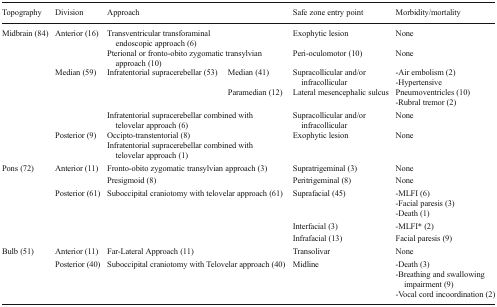
<table><thead><tr><td><b>Topography</b></td><td><b>Division</b></td><td colspan="2"><b>Approach</b></td><td><b>Safe zone entry point</b></td><td><b>Morbidity/mortality</b></td></tr></thead><tbody><tr><td rowspan="7">Midbrain (84)</td><td rowspan="2">Anterior (16)</td><td colspan="2">Transventricular transforaminal endoscopic approach (6)</td><td>Exophytic lesion</td><td>None</td></tr><tr><td colspan="2">Pterional or fronto-obito zygomatic transylvian approach (10)</td><td>Peri-oculomotor (10)</td><td>None</td></tr><tr><td rowspan="3">Median (59)</td><td rowspan="2">Infratentorial supracerebellar (53)</td><td>Median (41)</td><td>Supracollicular and/or infracollicular</td><td rowspan="2">-Air embolism (2)-HypertensivePneumoventricles (10)-Rubral tremor (2)</td></tr><tr><td>Paramedian (12)</td><td>Lateral mesencephalic sulcus</td></tr><tr><td colspan="2">Infratentorial supracerebellar combined with telovelar approach (6)</td><td>Supracollicular and/or infracollicular</td><td>None</td></tr><tr><td rowspan="2">Posterior (9)</td><td colspan="2">Occipto-transtentorial (8)</td><td rowspan="2">Exophytic lesion</td><td rowspan="2">None</td></tr><tr><td colspan="2">Infratentorial supracerebellar combined with telovelar approach (1)</td></tr><tr><td rowspan="5">Pons (72)</td><td rowspan="2">Anterior (11)</td><td colspan="2">Fronto-obito zygomatic transylvian approach (3)</td><td>Supratrigeminal (3)</td><td>None</td></tr><tr><td colspan="2">Presigmoid (8)</td><td>Peritrigeminal (8)</td><td>None</td></tr><tr><td rowspan="3">Posterior (61)</td><td rowspan="3" colspan="2">Suboccipital craniotomy with telovelar approach (61)</td><td>Suprafacial (45)</td><td>-MLFI (6)-Facial paresis (3)-Death (1)</td></tr><tr><td>Interfacial (3)</td><td>-MLFI* (2)</td></tr><tr><td>Infrafacial (13)</td><td>Facial paresis (9)</td></tr><tr><td rowspan="2">Bulb (51)</td><td>Anterior (11)</td><td colspan="2">Far-Lateral Approach (11)</td><td>Transolivar</td><td>None</td></tr><tr><td>Posterior (40)</td><td colspan="2">Suboccipital craniotomy with Telovelar approach (40)</td><td>Midline</td><td>-Death (3)-Breathing and swallowing impairment (9)-Vocal cord incoordination (2)</td></tr></tbody></table>